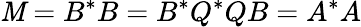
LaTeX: \mathit{M}=B^{*}B=B^{*}Q^{*}QB=A^{*}A